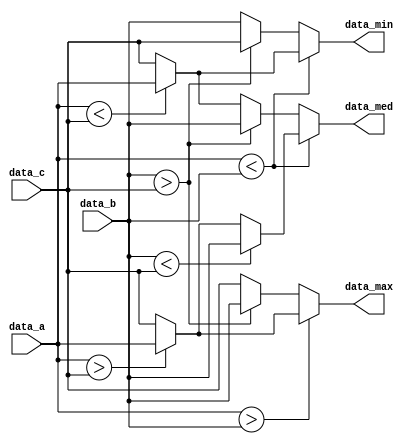
module compare(
             data_a    ,
             data_b    ,
             data_c    ,
             data_max  ,
             data_min  ,
             data_med
             );

input    [7:0]   data_a  ;
input    [7:0]   data_b  ;
input    [7:0]   data_c  ;

output   [7:0]   data_max;
output   [7:0]   data_min;
output   [7:0]   data_med;

wire     [7:0]   data_max;
wire     [7:0]   data_min;
wire     [7:0]   data_med;

wire [7:0] a,b,c;//a,b,c
assign a=data_a;
assign b=data_b;
assign c=data_c;

assign data_med =  (a<b)?(b<c)?b:(a>c)?a:c : (b>c)?b:(a<c)?a:c;
assign data_min =  (a<b)?(a<c)?a:c  :  (b>c)?c:b    ;
assign data_max =  (a>b)?(a>c)?a:c :  (b>c)?b:c    ;

endmodule